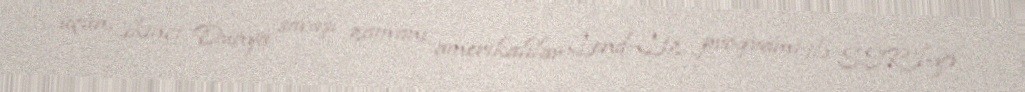
üçün, İkinci Dünya savaşı zamanı amerikalılar Lend-Liz proqramı ilə SSRİ-yə